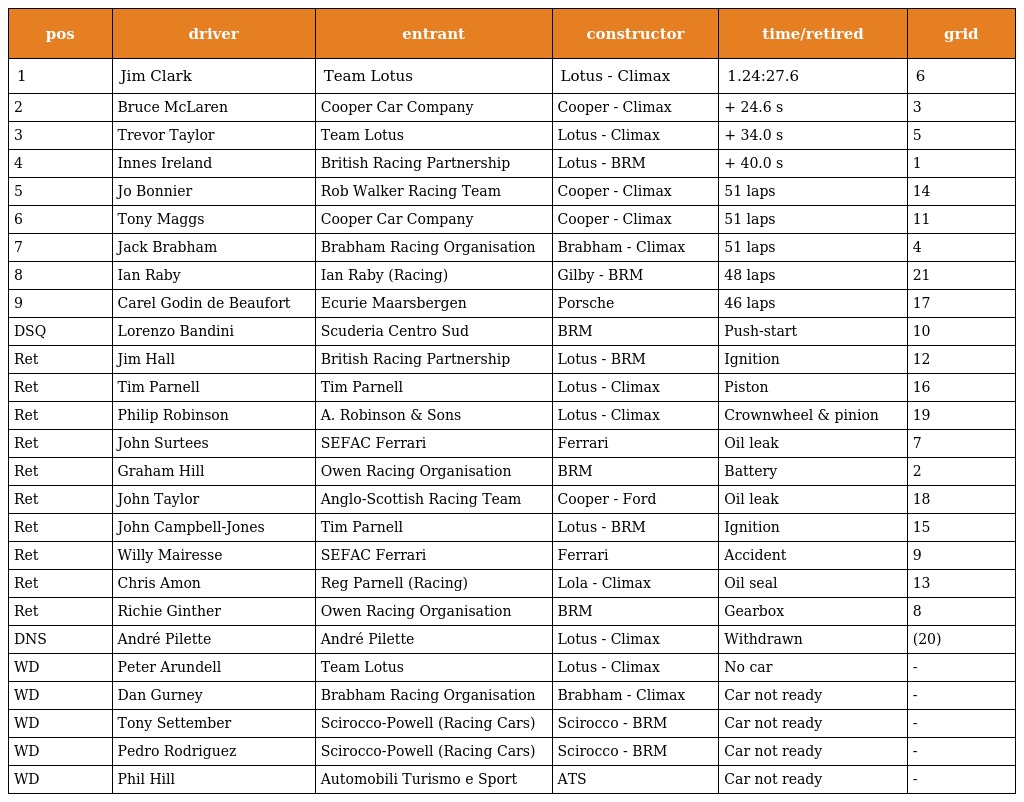
| pos | driver | entrant | constructor | time/retired | grid |
 | --- | --- | --- | --- | --- | --- |
 | 1 | Jim Clark | Team Lotus | Lotus - Climax | 1.24:27.6 | 6 |
 | 2 | Bruce McLaren | Cooper Car Company | Cooper - Climax | + 24.6 s | 3 |
 | 3 | Trevor Taylor | Team Lotus | Lotus - Climax | + 34.0 s | 5 |
 | 4 | Innes Ireland | British Racing Partnership | Lotus - BRM | + 40.0 s | 1 |
 | 5 | Jo Bonnier | Rob Walker Racing Team | Cooper - Climax | 51 laps | 14 |
 | 6 | Tony Maggs | Cooper Car Company | Cooper - Climax | 51 laps | 11 |
 | 7 | Jack Brabham | Brabham Racing Organisation | Brabham - Climax | 51 laps | 4 |
 | 8 | Ian Raby | Ian Raby (Racing) | Gilby - BRM | 48 laps | 21 |
 | 9 | Carel Godin de Beaufort | Ecurie Maarsbergen | Porsche | 46 laps | 17 |
 | DSQ | Lorenzo Bandini | Scuderia Centro Sud | BRM | Push-start | 10 |
 | Ret | Jim Hall | British Racing Partnership | Lotus - BRM | Ignition | 12 |
 | Ret | Tim Parnell | Tim Parnell | Lotus - Climax | Piston | 16 |
 | Ret | Philip Robinson | A. Robinson & Sons | Lotus - Climax | Crownwheel & pinion | 19 |
 | Ret | John Surtees | SEFAC Ferrari | Ferrari | Oil leak | 7 |
 | Ret | Graham Hill | Owen Racing Organisation | BRM | Battery | 2 |
 | Ret | John Taylor | Anglo-Scottish Racing Team | Cooper - Ford | Oil leak | 18 |
 | Ret | John Campbell-Jones | Tim Parnell | Lotus - BRM | Ignition | 15 |
 | Ret | Willy Mairesse | SEFAC Ferrari | Ferrari | Accident | 9 |
 | Ret | Chris Amon | Reg Parnell (Racing) | Lola - Climax | Oil seal | 13 |
 | Ret | Richie Ginther | Owen Racing Organisation | BRM | Gearbox | 8 |
 | DNS | André Pilette | André Pilette | Lotus - Climax | Withdrawn | (20) |
 | WD | Peter Arundell | Team Lotus | Lotus - Climax | No car | - |
 | WD | Dan Gurney | Brabham Racing Organisation | Brabham - Climax | Car not ready | - |
 | WD | Tony Settember | Scirocco-Powell (Racing Cars) | Scirocco - BRM | Car not ready | - |
 | WD | Pedro Rodriguez | Scirocco-Powell (Racing Cars) | Scirocco - BRM | Car not ready | - |
 | WD | Phil Hill | Automobili Turismo e Sport | ATS | Car not ready | - |